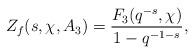
LaTeX: \begin{align*}Z_f(s, \chi, A_3)=\dfrac{F_3(q^{-s}, \chi)}{1-q^{-1-s}},\end{align*}